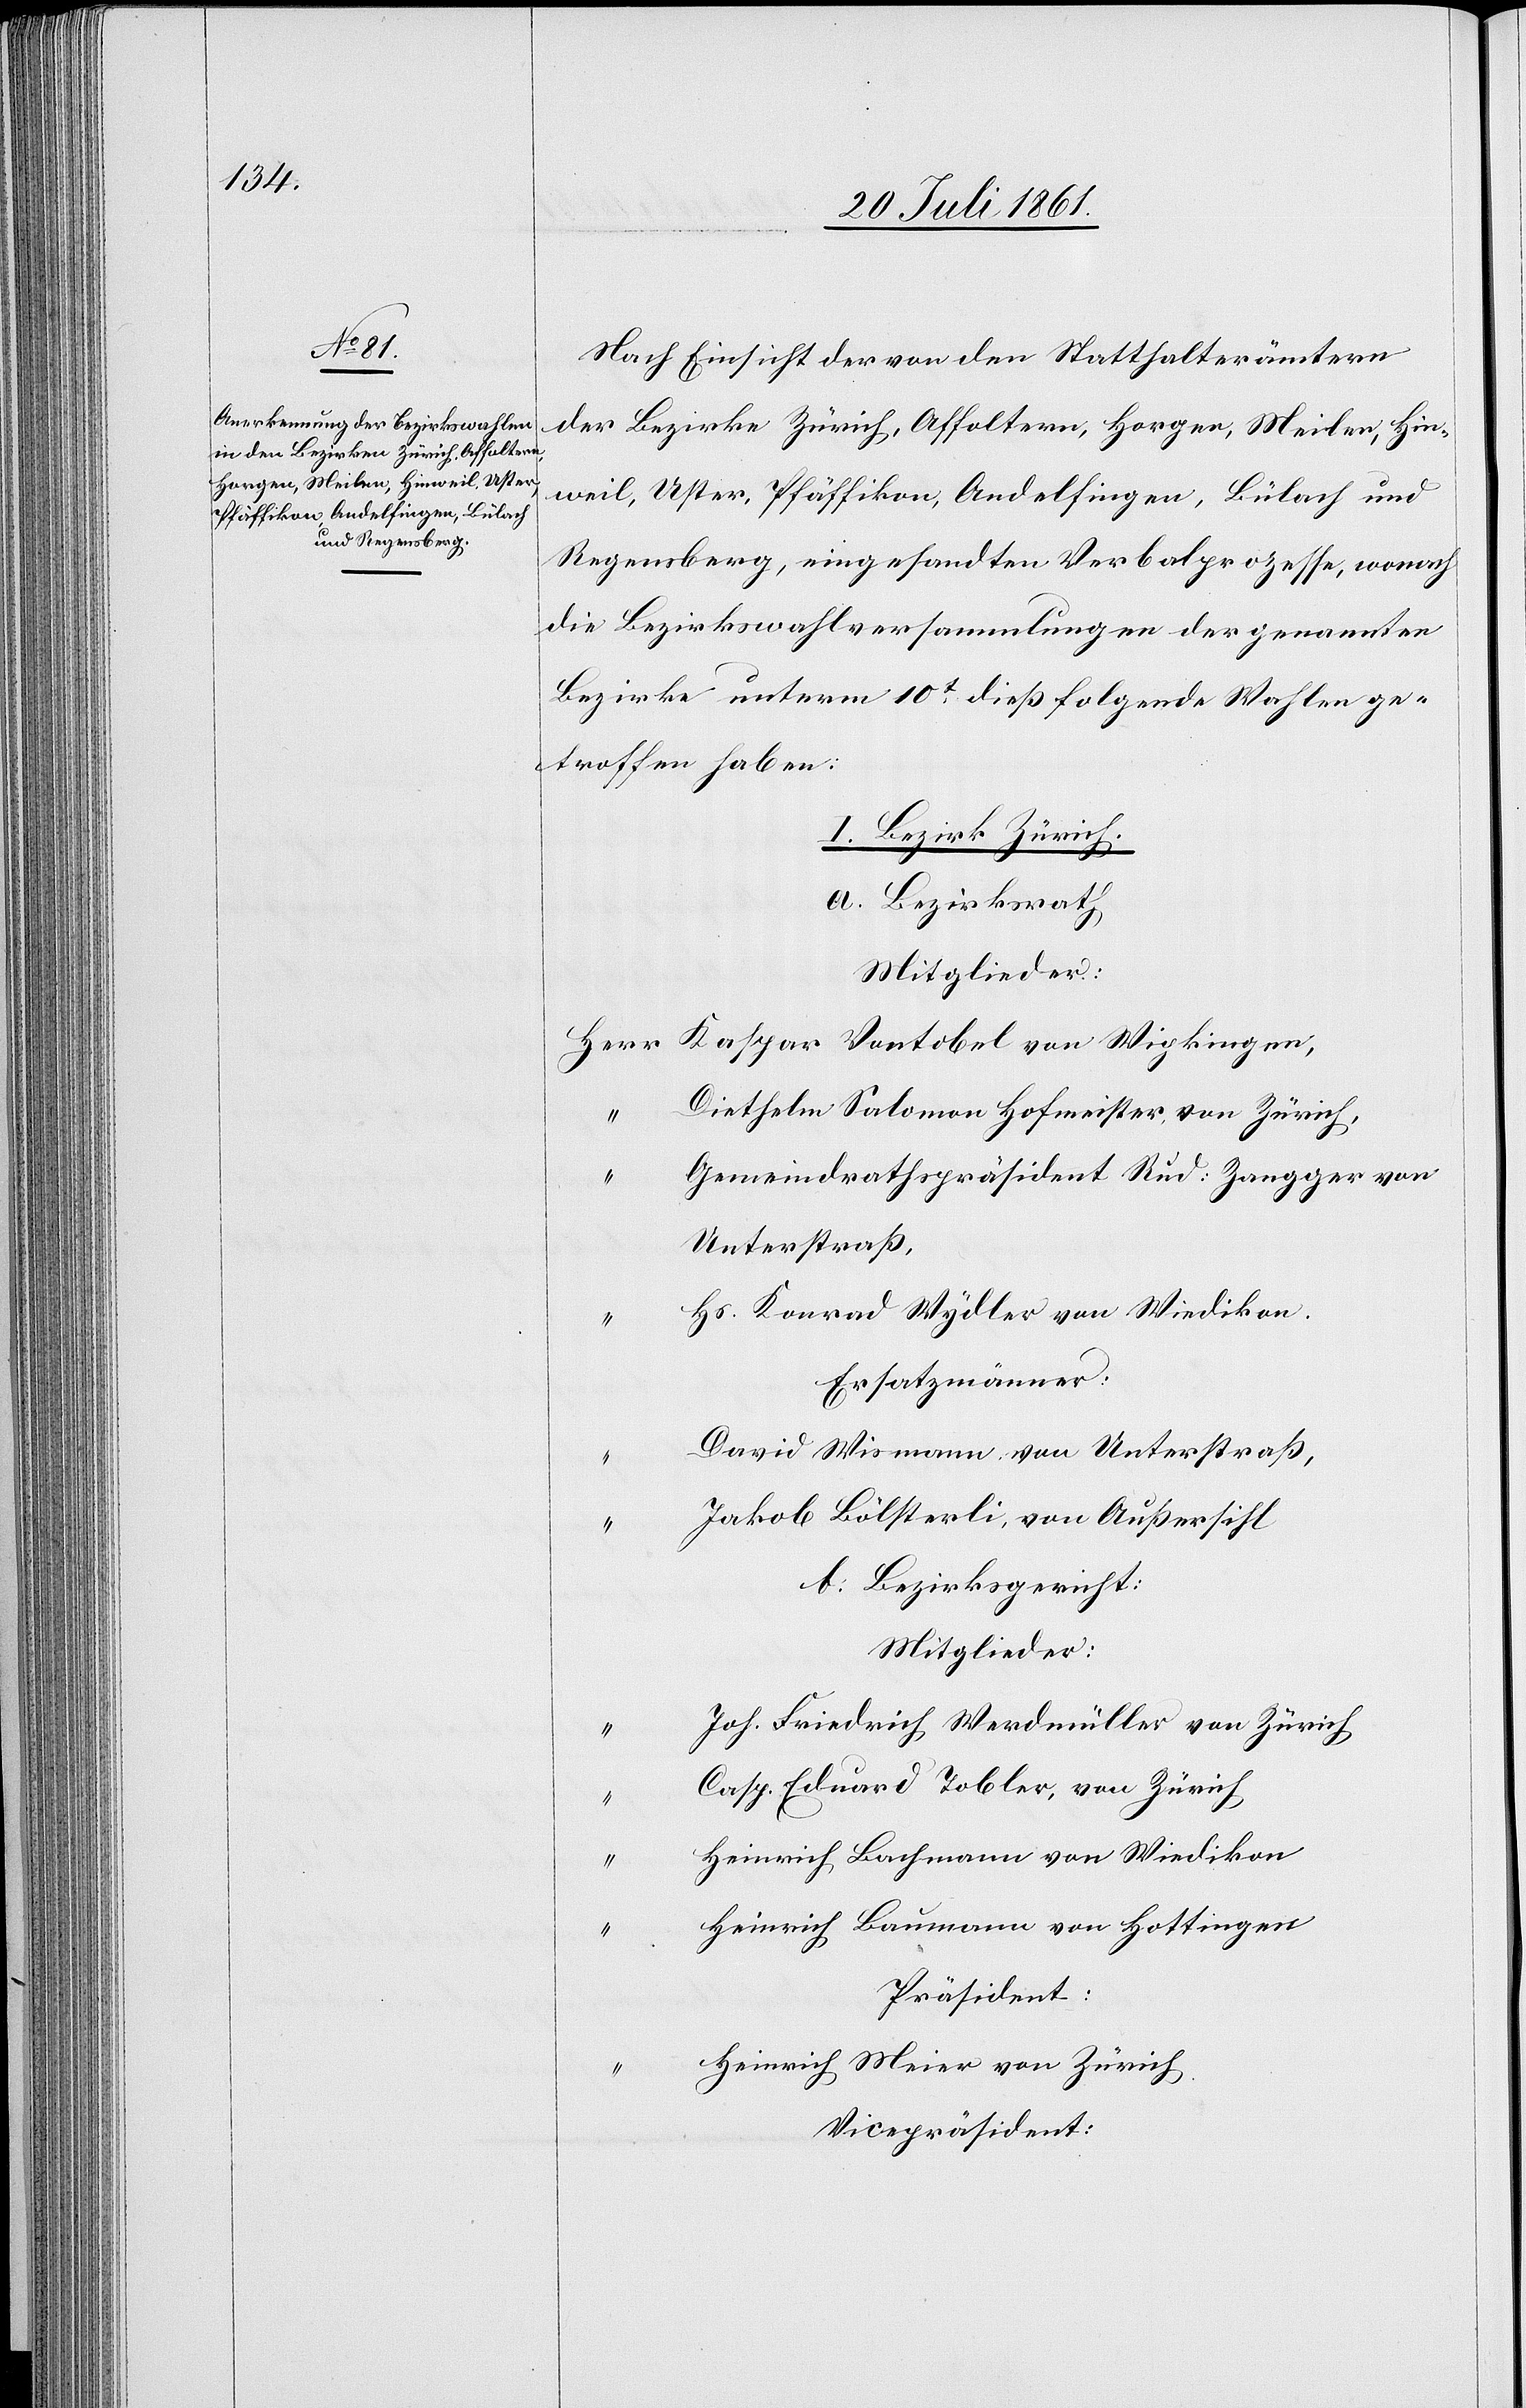
Nach Einsicht der von den Statthalterämtern
der Bezirke Zürich, Affoltern, Horgen, Meilen, Hin¬
weil, Uster, Pfäffikon, Andelfingen, Bülach und
Regensberg, eingesandten Verbalprozesse, wonach
die Bezirkswahlversammlung der genannten
Bezirke unterm 10t dieß folgende Wahlen ge¬
troffen haben.
I. Bezirk Zürich.
a. Bezirksrath
Mitglieder:
Herr Kaspar Vontobel von Wipkingen,
“	 Diethelm Salomon Hofmeister von Zürich,
Gemeindrathspräsident Rud. Zangger von
Unterstraß,
Hs. Konrad Wydler von Wiedikon.
Ersatzmänner:
David Wismann, von Unterstraß,
Jakob Bölsterli, von Außersihl
A. Bezirksgericht:
Mitglieder:
Joh. Friedrich, Werdmüller von Zürich,
Casp. Eduard Tobler, von Zürich,
Heinrich Bachmann von Wiedikon
Heinrich Baumann von Hottingen
Präsident:
Heinrich Meier von Zürich,
Vicepräsident: